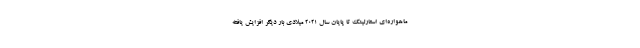
ماهواره‌ای استارلینک تا پایان سال ۲۰۲۱ میلادی بار دیگر افزایش یافته